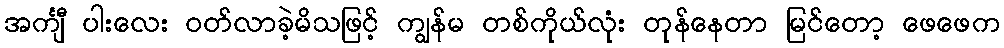
အင်္ကျီ ပါးလေး ဝတ်လာခဲ့မိသဖြင့် ကျွန်မ တစ်ကိုယ်လုံး တုန်နေတာ မြင်တော့ ဖေဖေက